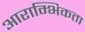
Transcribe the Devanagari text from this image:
आराम्भिकता